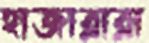
হাজারারা